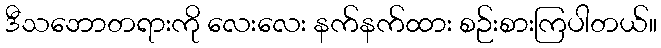
ဒီသဘောတရားကို လေးလေး နက်နက်ထား စဉ်းစားကြပါတယ်။